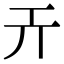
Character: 𢀘